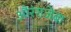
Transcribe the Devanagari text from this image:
औरंगजेबा